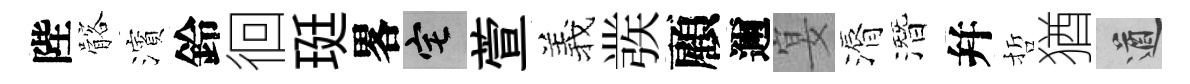
陛髂濱鈴徊珽畧宅萱羲彂顧邇宴漘潛幷哲猶遒